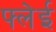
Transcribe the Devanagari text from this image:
फ्लेई